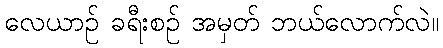
လေယာဉ် ခရီးစဉ် အမှတ် ဘယ်လောက်လဲ။